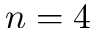
n = 4